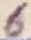
Text: 6